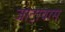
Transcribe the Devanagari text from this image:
जाटावास